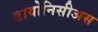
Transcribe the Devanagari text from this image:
डायोनिसीअस